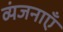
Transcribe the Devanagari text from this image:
व्यंजनाएँ